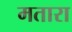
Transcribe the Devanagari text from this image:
मतारा